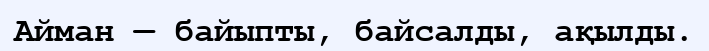
Айман — байыпты, байсалды, ақылды.